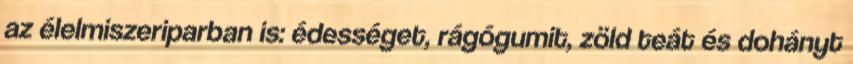
az élelmiszeriparban is: édességet, rágógumit, zöld teát és dohányt